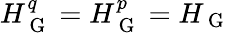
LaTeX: H_{\mathrm{~G~}}^{q}=H_{\mathrm{~G~}}^{p}=H_{\mathrm{~G~}}